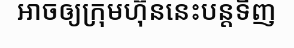
អាចឲ្យក្រុមហ៊ុននេះបន្តទិញ